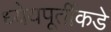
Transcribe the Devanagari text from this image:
ध्येयपूर्तीकडे